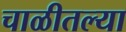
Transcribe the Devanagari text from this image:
चाळीतल्या